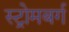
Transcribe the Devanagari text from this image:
स्ट्रोमबर्ग